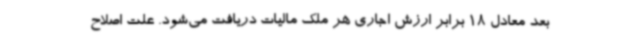
بعد معادل 18 برابر ارزش اجاری هر ملک مالیات دریافت می‌شود. علت اصلاح